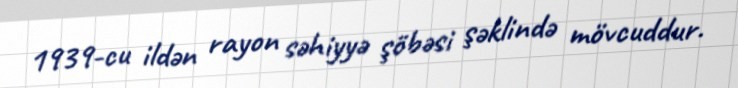
1939-cu ildən rayon səhiyyə şöbəsi şəklində mövcuddur.